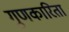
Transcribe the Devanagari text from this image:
गुणकारिता